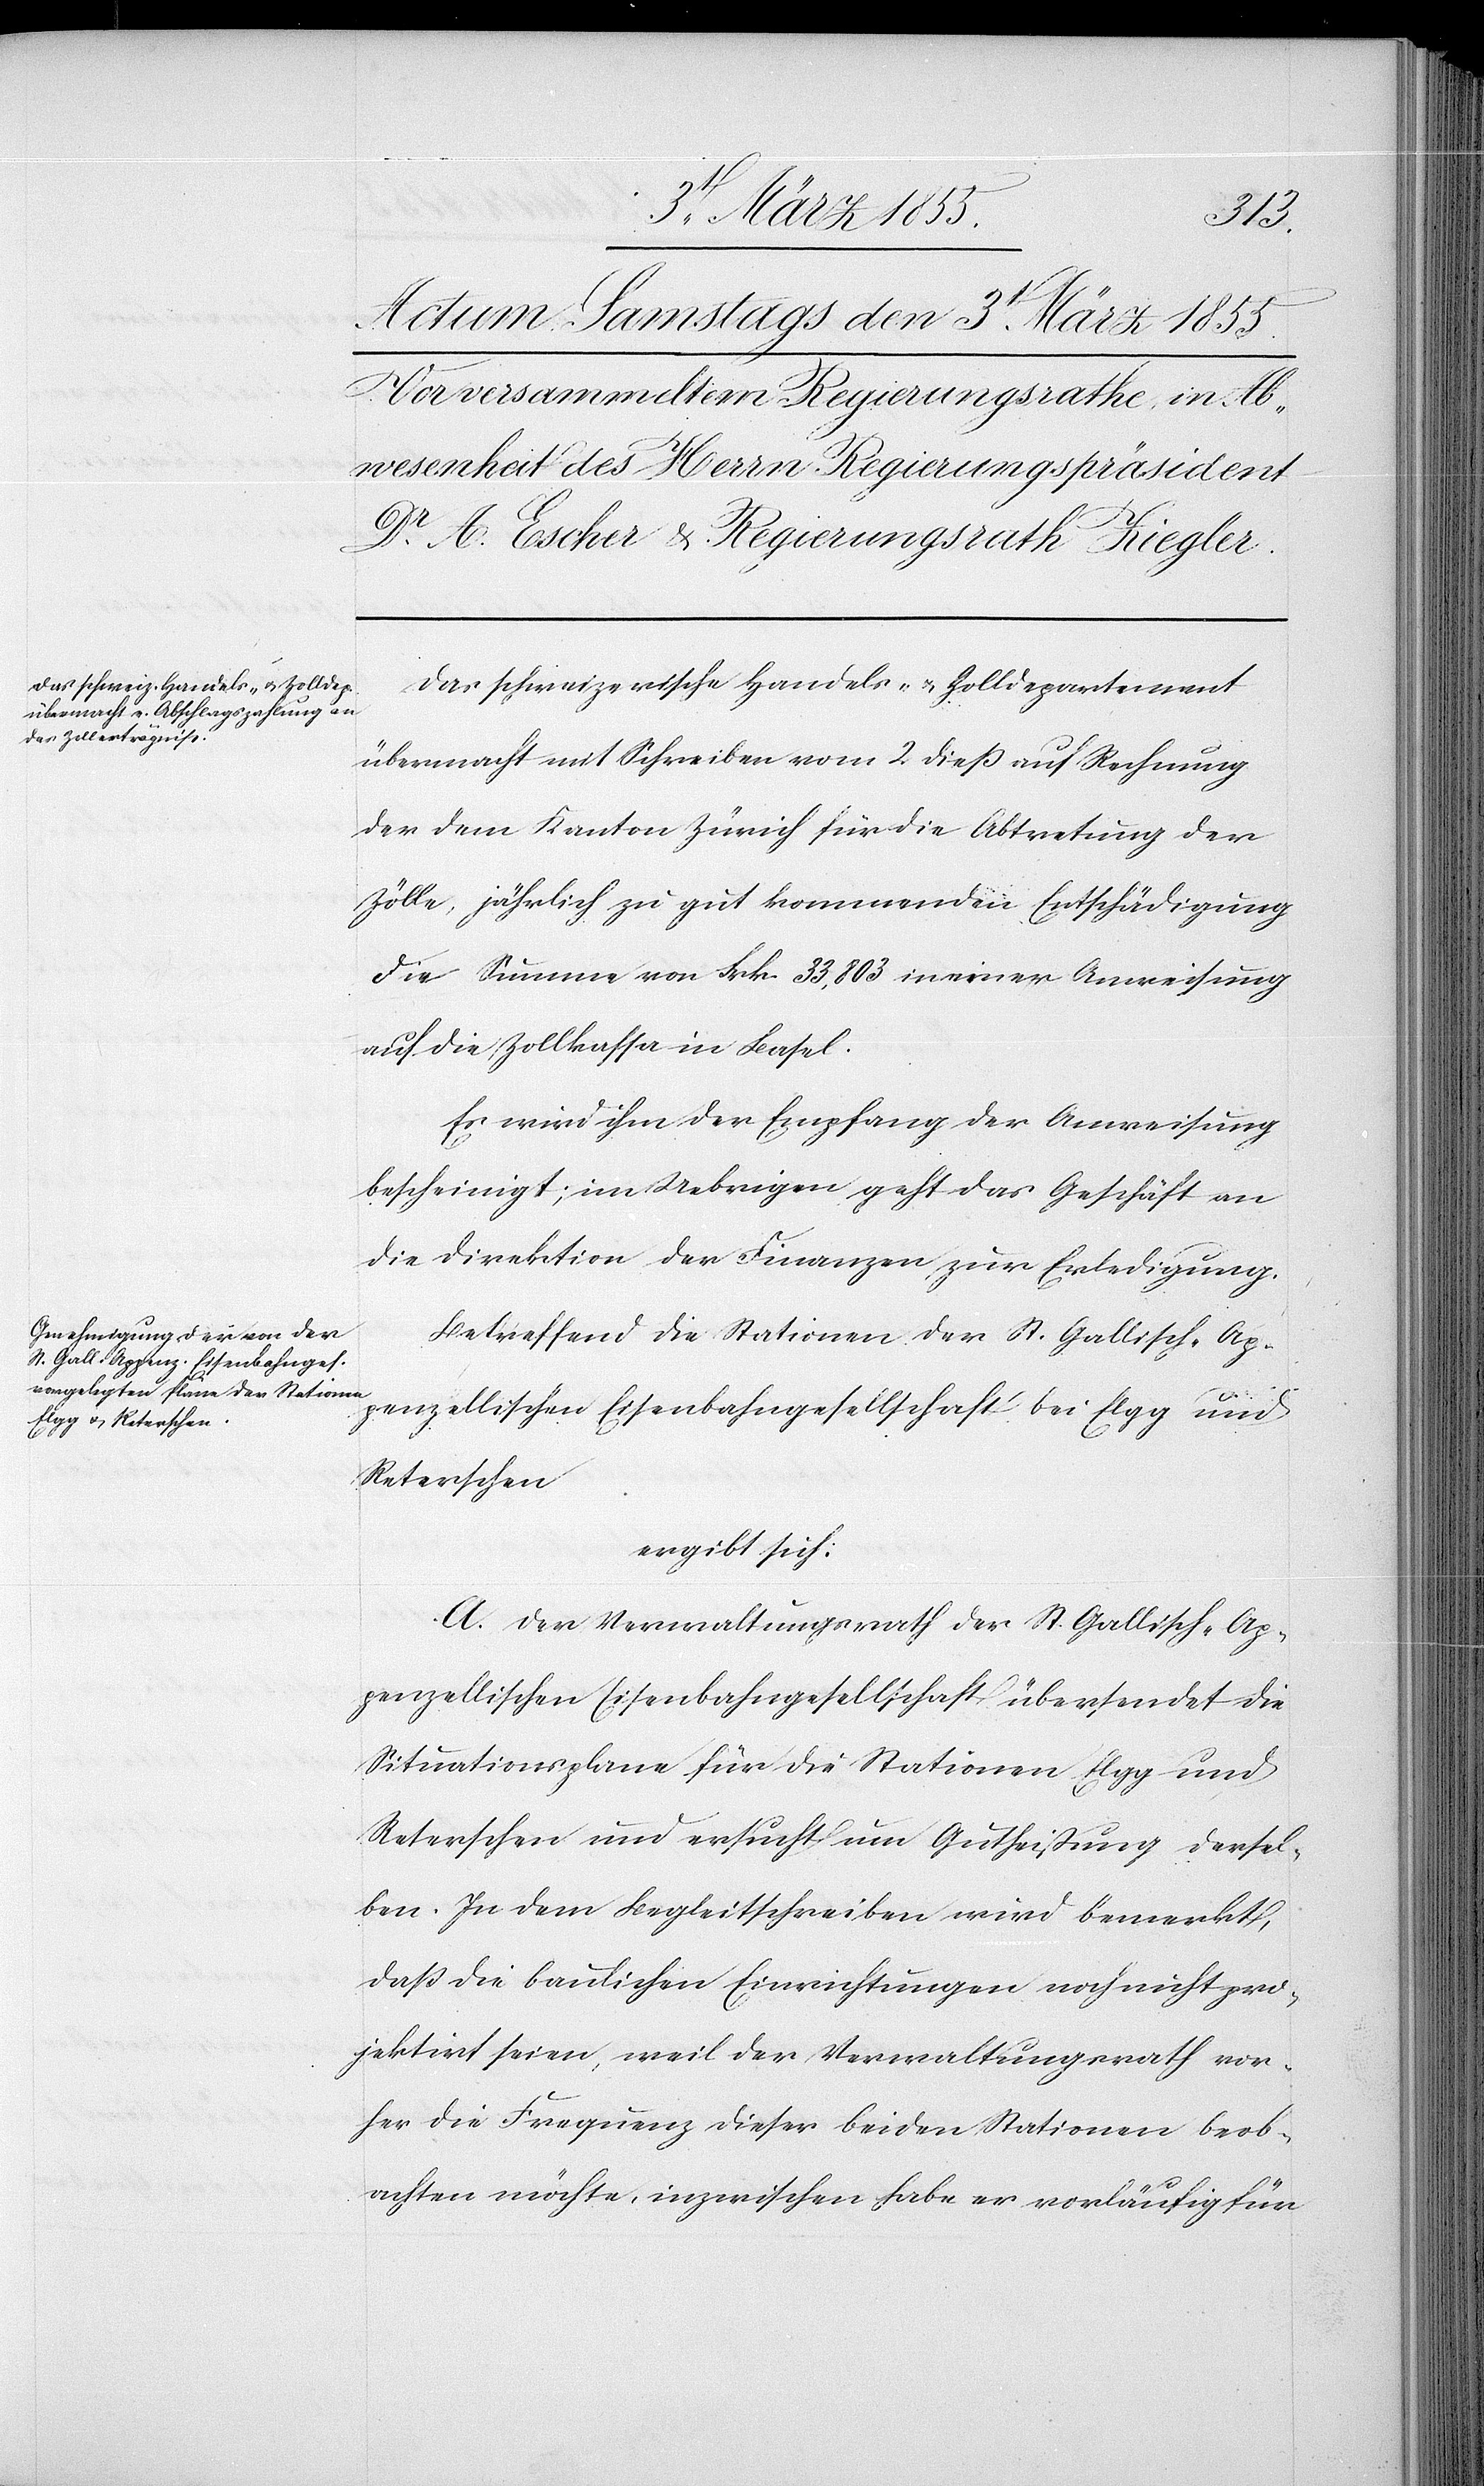
Das schweizerische Handels- & Zolldepartement
übermacht mit Schreiben vom 2 dieß auf Rechnung
der dem Kanton Zürich für die Abtretung der
Zölle, jährlich zu gut kommenden Entschädigung
die Summe von Frk. 33,803 in einer Anweisung
auf die Zollkassa in Basel.
Es wird ihm der Empfang der Anweisung
bescheinigt; im Uebrigen geht das Geschäft an
die Direktion der Finanzen zur Erledigung.
Betreffend die Stationen der St. Gallisch-Ap¬
penzellischen Eisenbahngesellschaft bei Elgg und
Reterschen
ergibt sich:
A. Der Verwaltungsrath der St. Gallisch-Ap¬
penzellischen Eisenbahngesellschaft übersendet die
Situationsplane für die Stationen Elgg und
Reterschen und ersucht um Gutheißung dersel¬
ben. In dem Begleitschreiben wird bemerkt,
daß die baulichen Einrichtungen noch nicht pro¬
jektirt seien, weil der Verwaltungsrath vor¬
her die Frequenz dieser beiden Stationen beob¬
achten möchte, inzwischen habe er vorläufig für